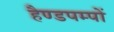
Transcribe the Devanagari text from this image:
हैण्डपम्पों